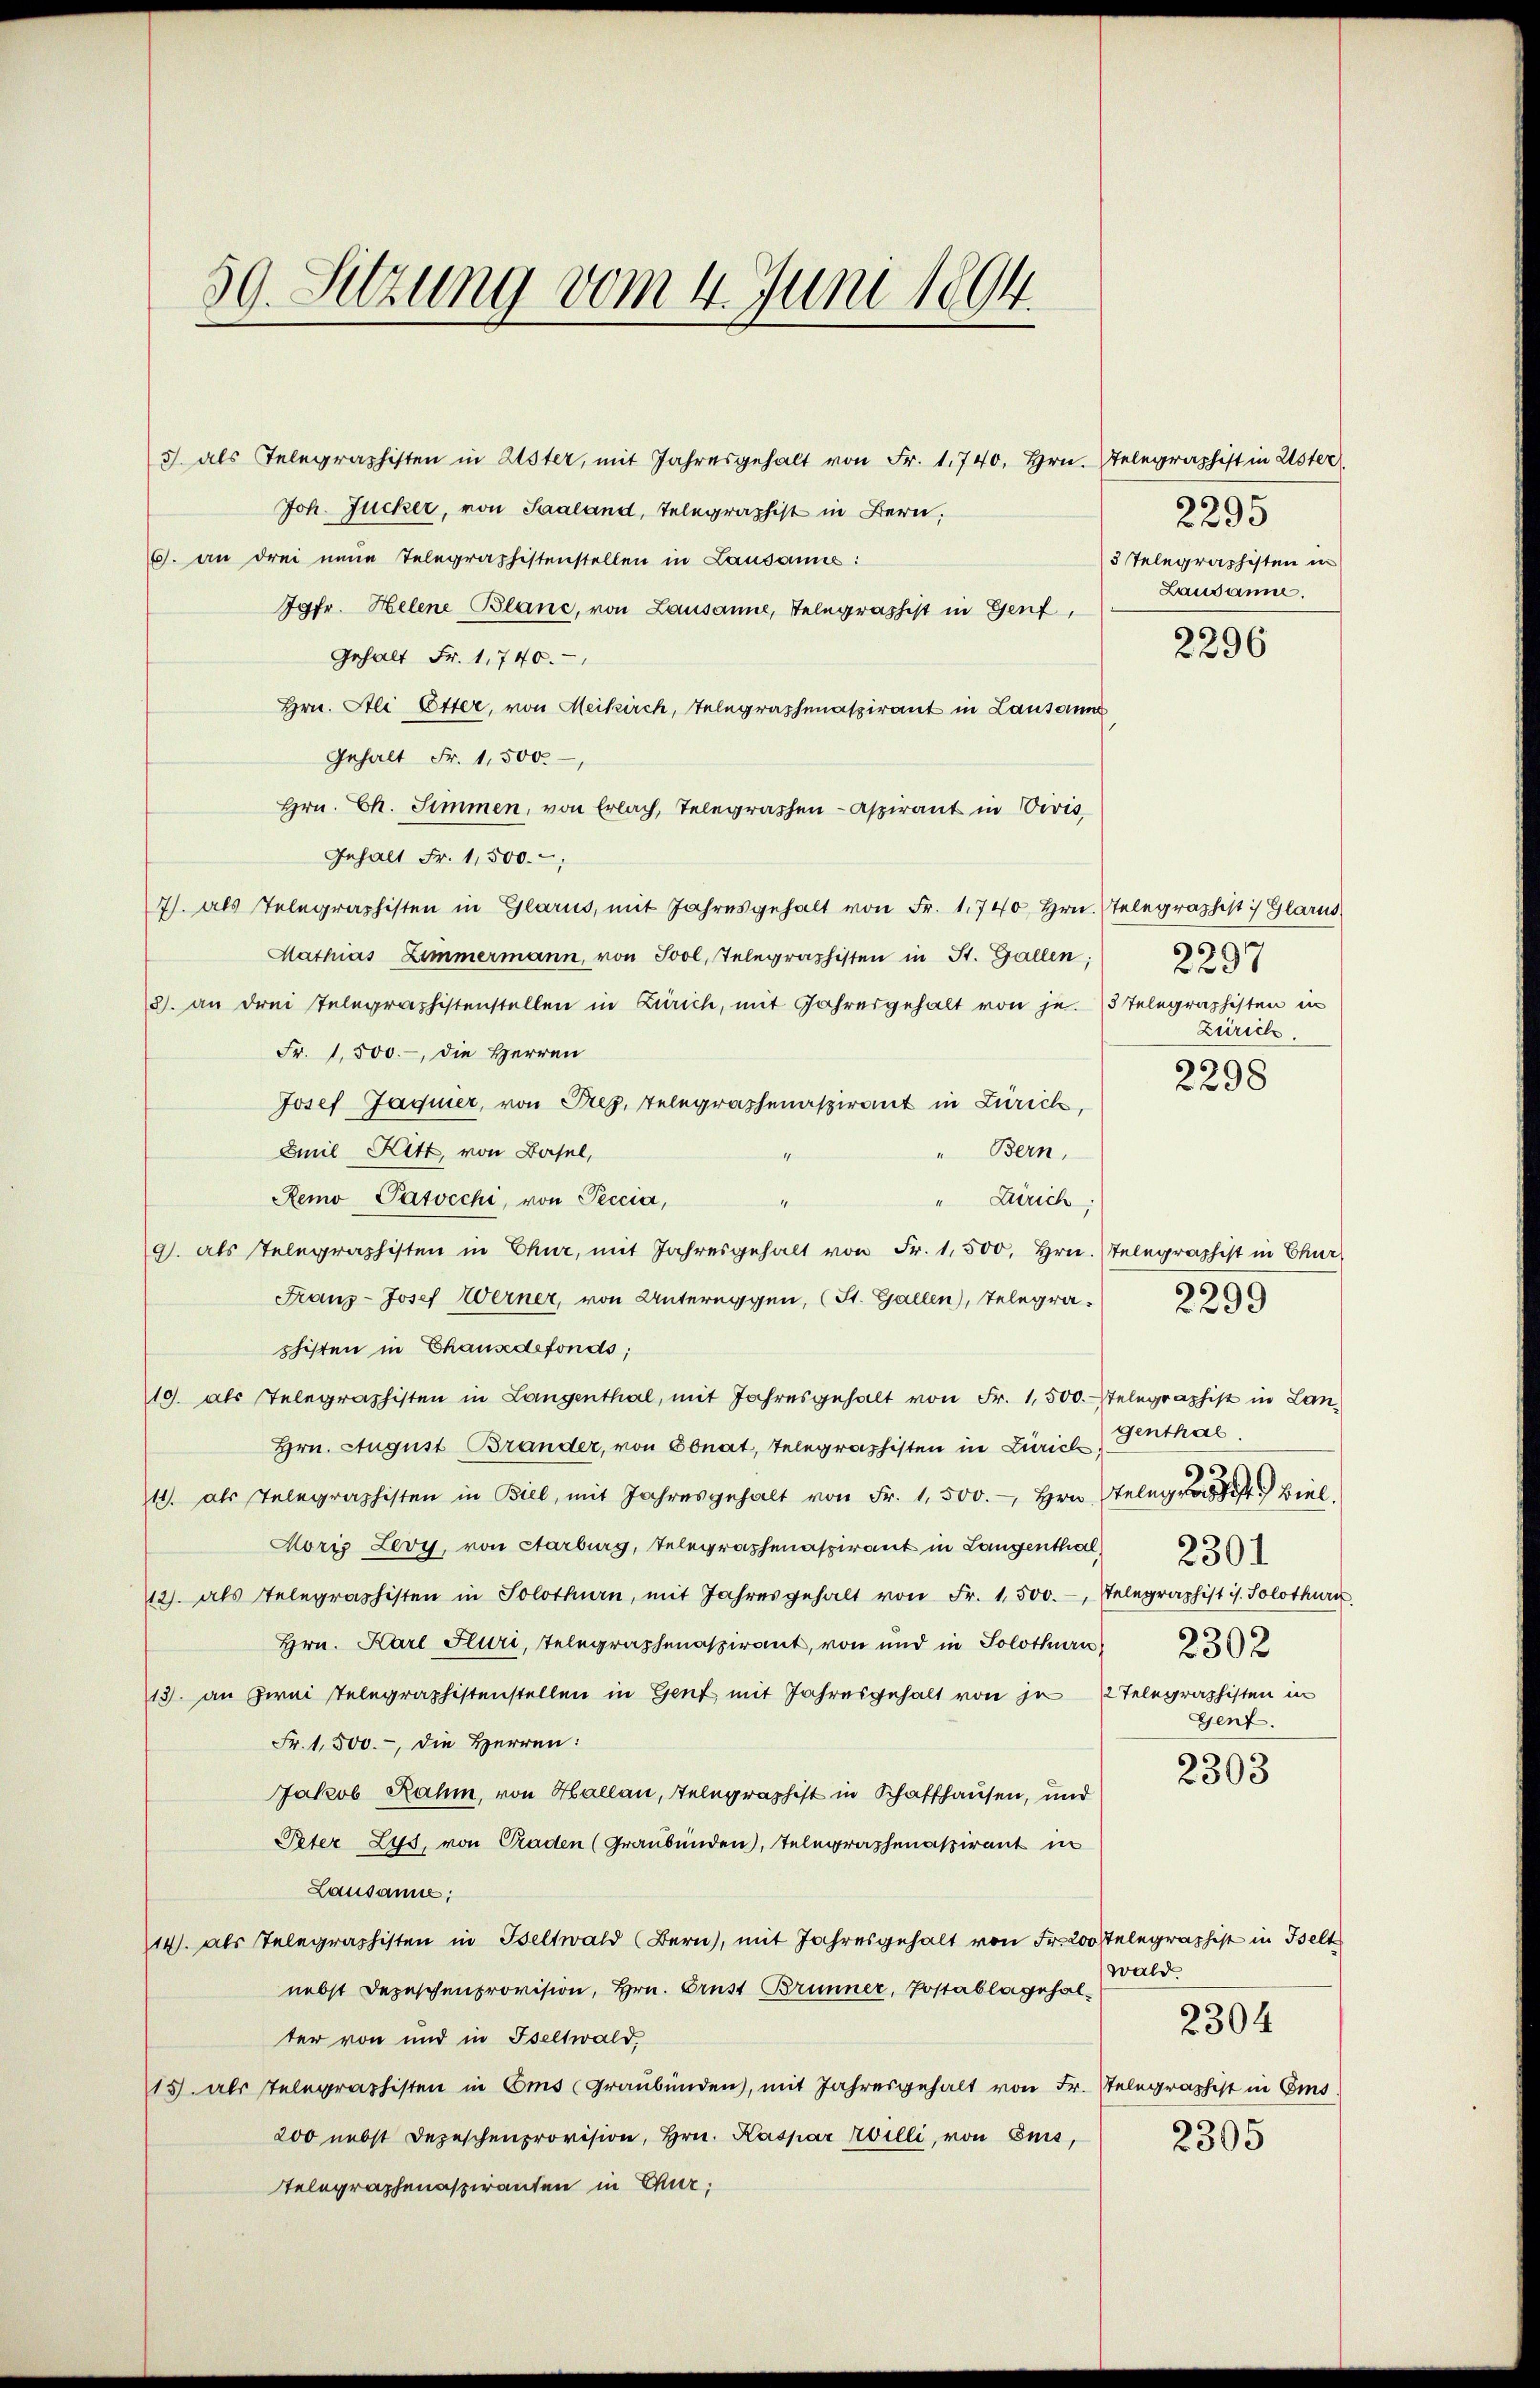
5 als Telegraphisten in Aster, mit Jahresgehalt von Fr. 1740. Hrn. Telegraphist in Uster
Joh. Jucker, von Saaland, Telegraphist in Bern,
6. an drei neue Telegraphistenstellen in Lausanne:
Jgfr. Helene Blanc, von Lausanne, Telegraphist in Genf,
Gehalt Fr. 1, 740.
Hrn. Ali Etter, von Meikirch, Telegraphenaspirant in Lausanne
Gehalt Fr. 1,500.
Hrn. Ch. Simmen, von Erlach, Telegraphen- Aspirant in Civis,
Gehalt Fr. 1,500.
7). Als Telegraphisten in Glarus, mit Jahresgehalt von Fr. 1740 hrn. Telegraphist Glarus
Mathias Zimmermann, von Sool, Telegraphisten in St. Gallen;
8. an drei Telegraphistenstellen in Zürich, mit Jahresgehalt von je. 5 Telegraphisten in
Fr. 1,500.-, die Herren
Josef Jaquier, von Prez. Telegraphenaspirant in Zürich,
Emil Kitt, von Basel,
" Bern,
Remo Patocchi, von Peccia,
" Zürich:
e
91. als Telegraphisten in Chur, mit Jahresgehalt von Fr. 1,500. Hrn. Telegraphist in Chur,
Franz-Josef Werner, von Untereggen, (St. Gallen), Telegraphisten in Chausedefonds;
10. als telegraphisten in Langenthal, mit Jahresgehalt von Fr. 1,500. Telegraphist in Lan
Hrn. August Brander, von Ebnat, Telegraphisten in Zürich
11. als Telegraphisten in Biel, mit Jahresgehalt von Fr. 1,500.- Hrn. Gelegraph Biel,
Horis Levy, von Aarburg, Telegraphenaspirant in Langenthal
12). Als Telegraphisten in Solothurn, mit Jahresgehalt von Fr. 1,500.-, Telegraphistis. Solothurn.
Hrn. Karl Fluri, Telegraphenaspirant, von und in Solothurn
13. an zwei Telegraphistenstellen in Gent mit Jahresgehalt von zu
Fr. 1,500.-, die Herren:
Jakob Rahm, von Hallau, Telegraphist in Schaffhausen, und
Peter Lys, von Graden (Graubünden, Telegraphenaspirant in
Lausanne:
14. als Telegraphisten in Geltwald (Bern), mit Jahresgehalt von Fr. 200 Telegraphist in Iselt
nebst Depeschenprovision, Hrn. Brust Brunner, Postablagehalter von und in Iseltwald,
15. als Telegraphisten in Coms (Graubünden, mit Jahresgehalt von Fr. Telegraphist in Ems.
200 nebst Depeschenprovision, Hrn. Kaspar Willi, von Enis,
Telegraphenaspiranten in Chur,

59. Sitzung vom 4. Juni 1894.

¬
2295
3 Telegraphisten in
Lausanne.
6

2296

2297
Zürich.

2298

C
f. 299

genthal
2301
2302
2 Telegraphisten in
Gent.

2303

wald.
2305

2304